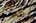
بعض